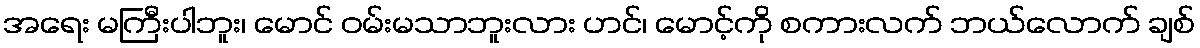
အရေး မကြီးပါဘူး၊ မောင် ဝမ်းမသာဘူးလား ဟင်၊ မောင့်ကို စကားလက် ဘယ်လောက် ချစ်